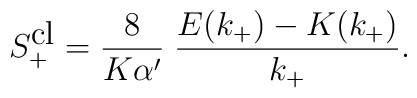
S_+^{\mbox{cl}}=\frac{8}{K\alpha'}\;\frac{E(k_+)-K(k_+)}{k_+}.